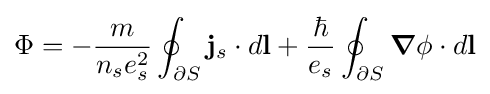
\Phi =-{\frac {m}{n_{s}e_{s}^{2}}}\oint _{\partial S}\mathbf {j} _{s}\cdot d\mathbf {l} +{\frac {\hbar }{e_{s}}}\oint _{\partial S}{\boldsymbol {\nabla }}\phi \cdot d\mathbf {l}